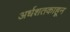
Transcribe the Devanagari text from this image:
अर्धशतकाहून